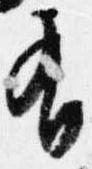
有